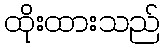
ထိုးထားသည်